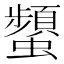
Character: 𧔪